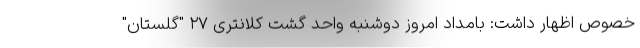
خصوص اظهار داشت: بامداد امروز دوشنبه واحد گشت کلانتری ۲۷ "گلستان"